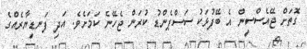
ގޮތަށް ޖޭއެސްސީން އެ ބޭފުޅަކު ސަސްޕެންޑު ކުރަން ޖެހޭނެ ކަމަށެވެ. އަދި ފަނޑިޔާރެއްގެ